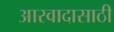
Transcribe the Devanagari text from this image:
आस्वादासाठी